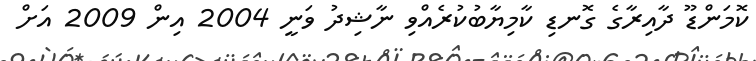
ކޮމަންޑޫ ދާއިރާގެ ގޮނޑި ކާމިޔާބުކުރެއްވި ނާޝިދު ވަނީ 2004 އިން 2009 އަށް